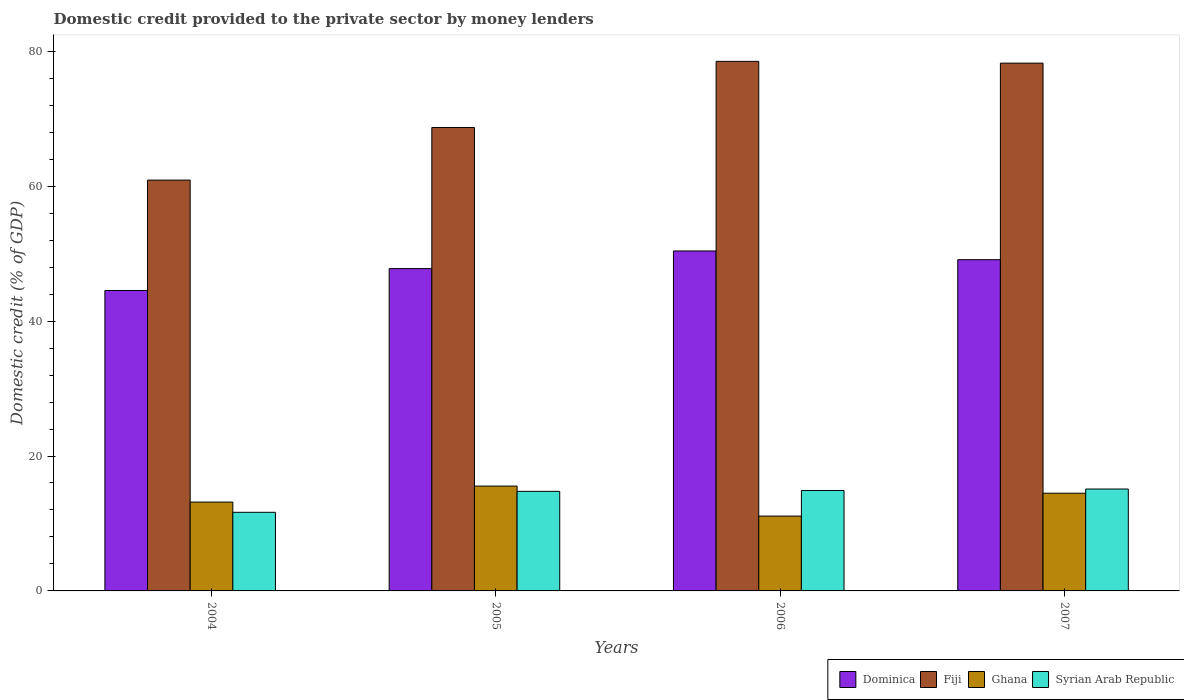
| Years | Dominica | Fiji | Ghana | Syrian Arab Republic |
 | --- | --- | --- | --- | --- |
 | 2004 | 44.5 | 60.9 | 13.2 | 11.7 |
 | 2005 | 47.8 | 68.7 | 15.5 | 14.8 |
 | 2006 | 50.4 | 78.5 | 11.1 | 14.9 |
 | 2007 | 49.1 | 78.2 | 14.5 | 15.1 |